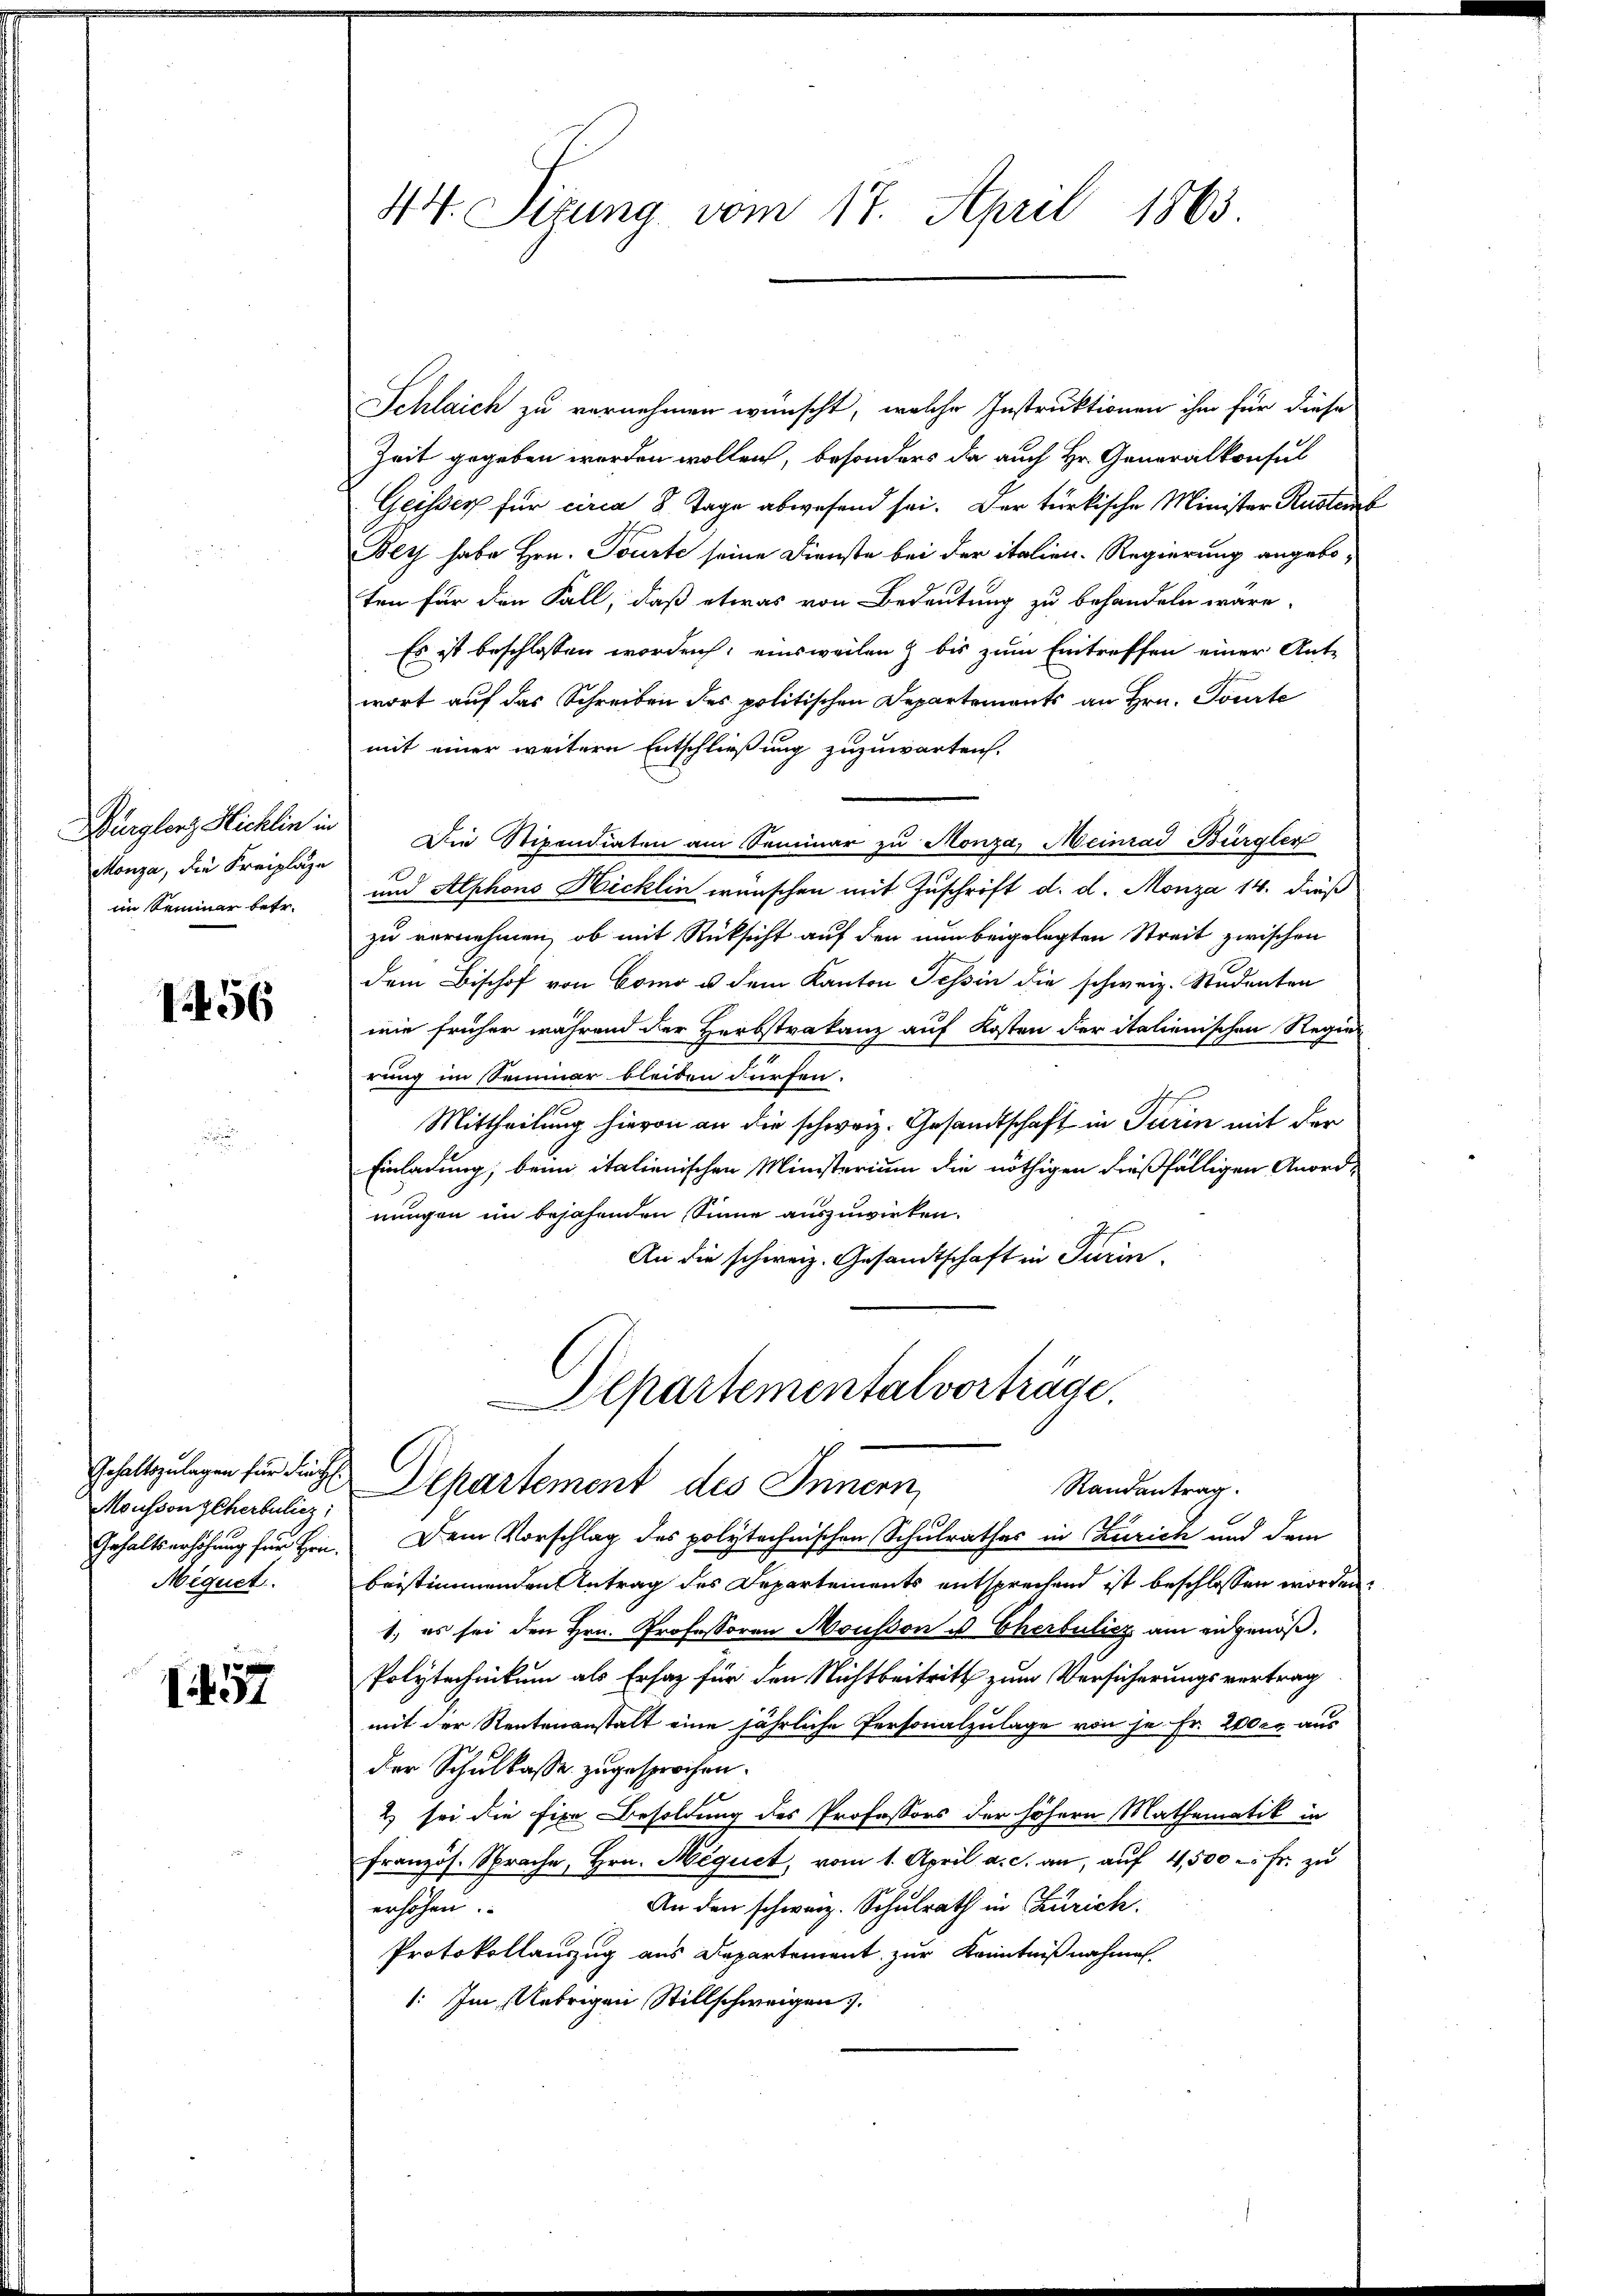
Bürglenz Hichlin in
Monza, die Freiplaze
im Seminer betr.

1456

Mousson Scherbulicz
Mignet.

1457

44. Sizung vom 17. April 1863.

Schlaich zu vernehmen wünscht, welche Instruktionen ihm für diese
Zeit gegeben worden wollen, besonders da auch Hr. Generalkonsul
Geisser für circa 8 Tage abwesend sei. Der türkische Minister Rusters
Bey habe Hrn. Tourte seine Dienste bei der italien-Regierung angeboten für den Fall, daß etwas von Bedeutung zu behandeln wäre.
Es ist beschlossen worden, einsweilen & bis zum Eintreffen einer Ant-
wort auf das Schreiben des politischen Departements an Hrn. Tourte
mit einer weitere Entschließung zuzuwarten.
 Die Stipendiaten am Seminar zu Monza, Meinrad Bürgler
x
und Alphons Hicklin wünschen mit Zuschrift d. d. Monza 14. dieß
zu vernehmen, ob mit Rücksicht auf den nun beigelegten Streit zwischen
dem Bischof von Como u. dem Kanton Tessin die schweiz. Studenten
wie früher während der Herbstrakanz auf Kosten der italienischen Regier
rung im Seminar bleiben dürfen.
Mittheilung hievon an die schweiz. Gesandtschaft in Turin mit der
Einladung, beim italienischen Ministerium die nöthigen dießfälligen Anord-
nungen im bejahenden Sinne auszuwirken.
An die schweiz. Gesandtschaft in Turin

Alpartementalvorträge.
Gehaltszulagen für die Departement des Innern,
Randantrag.

Gehaltserhöhung für Hrn. Dem Vorschlag des polytechnischen Schulrathes in Zürich und dem
beistimmenden Antrag des Departements entsprechend ist beschlossen worden.
1., es sei den Hrn. Professoren Mousson u. Eherbulicz am eidgenöß¬
Polytechnikum als Ersatz für den Nichtbeitritt zum Versicherungsvertrag
mit der Rentenanstalt eine jährliche Personalzulage von je Fr. 200 er aus
der Schulkasse zugesprochen.
2 sei die Eine Besoldung des Professors der höhern Mathematik in
französ. Sprache, Hrn. Mequet, vom 1. April a. c. an, auf 4,500 c. fr. zu
An den schweiz. Schulrath in Zürich
erhöhen.
Protokollauszug aus Departement zur Kenntnißnahmen.
1: Im Uebrigen Stillschweigen.